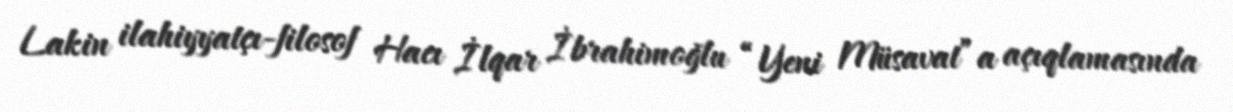
Lakin ilahiyyatçı-filosof Hacı İlqar İbrahimoğlu “Yeni Müsavat”a açıqlamasında